Reports on dispensaries and lunatic asylums in the Province of Oudh - 1869-1876
Year: 1869
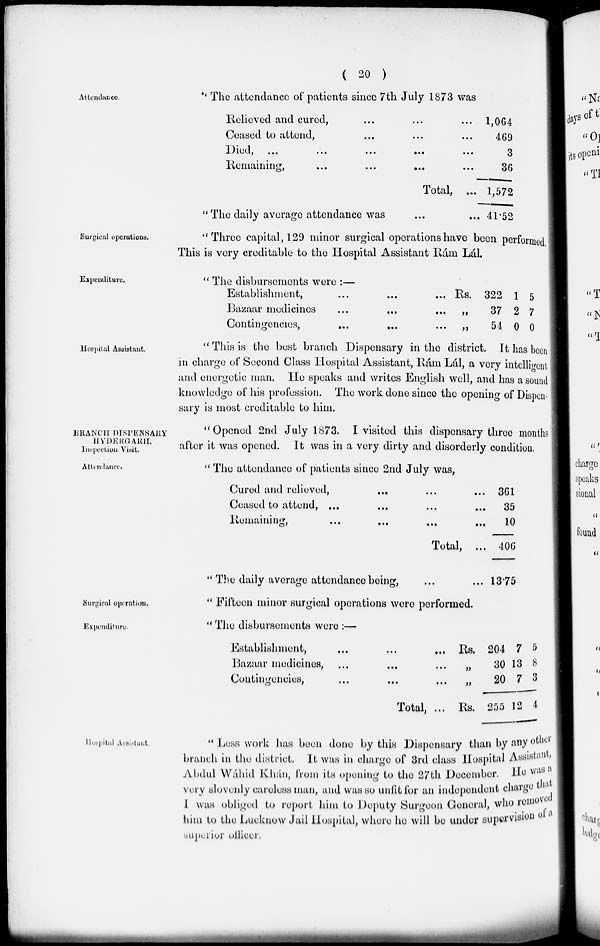
( 20 )
Attendance.
" The attendance of patients since 7th July 1873 was
Relieved and cured, ... ... ...
Ceased to attend, ... ... ...
Died,
...
...
...
...
Remaining,
...
...
...
Total, ...
"The daily average attendance was ... ...
1,064
469
3
36
1,572
41.52
Surgical operations.
" Three capital, 129 minor surgical operations have been performed
This is very creditable to the Hospital Assistant Ram Lál.
Expenditure.
" The disbursements were :—
Establishment,
...
...
...
Bazaar medicines ... ... ...
Contingencies, ... ...
...
Rs.
„
„
322
37
54
1
2
0
5
7
0
Hospital Assistant.
" This is the best branch Dispensary in the district. It has been
in charge of Second Class Hospital Assistant, Rám Lál, a very intelligent
and energetic man. He speaks and writes English well, and has a sound
knowledge of his profession. The work done since the opening of Dispen-
sary is most creditable to him.
BRANCH DISPENSARY
HYDERGARH.
Inspection Visit.
" Opened 2nd July 1873. I visited this dispensary three months
after it was opened. It was in a very dirty and disorderly condition.
Attendance.
" The attendance of patients since 2nd July was,
Cured and relieved, ... ... ...
Ceased to attend, ... ... ...
Remaining, ... ... ...
Total,
" The daily average attendance being, ...
361
35
10
406
13.75
Surgical operation.
" Fifteen minor surgical operations wore performed.
Expenditure.
" The disbursements were :—
Establishment, ... ... ...
Bazaar medicines, ... ... ...
Contingencies, ... ... ...
Total, ...
Rs.
„
„
Rs.
204
30
20
255
7
13
7
12
5
8
3
4
Hospital Assistant.
" Less work has been done by this Dispensary than by any other
branch in the district. It was in charge of 3rd class Hospital Assistant
Abdul Wáhid Khán, from its opening to the 27th December. He was a
very slovenly careless man, and was so unfit for an independent charge that
I was obliged to report him to Deputy Surgeon General, who removed
him to the Lucknow Jail Hospital, where he will be under supervision of a
superior officer.